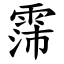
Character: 霈